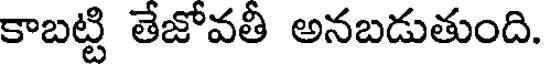
కాబట్టి తేజోవతీ అనబడుతుంది.